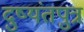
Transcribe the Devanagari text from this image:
दुष्यंतपुत्र